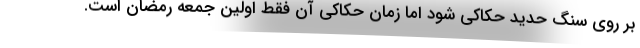
بر روی سنگ حدید حکاکی شود اما زمان حکاکی آن فقط اولین جمعه رمضان است.